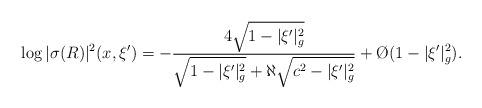
LaTeX: \begin{align*}\log |\sigma(R)|^2(x,\xi')=-\frac{4\sqrt{1-|\xi'|_g^2}}{\sqrt{1-|\xi'|^2_g}+\aleph\sqrt{c^2-|\xi'|_g^2}}+\O{}(1-|\xi'|^2_g).\end{align*}